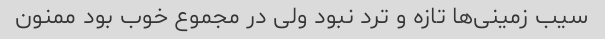
سیب زمینی‌ها تازه و ترد نبود ولی در مجموع خوب بود‌ ممنون